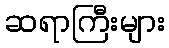
ဆရာကြီးများ